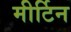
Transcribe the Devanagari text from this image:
मीर्टिन